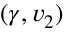
( \gamma , v _ { 2 } )